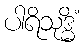
ပါရိသုဒ္ဓိံ